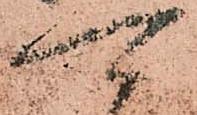
可